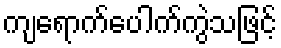
ကျရောက်ပေါက်ကွဲသဖြင့်